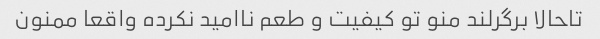
تاحالا برگرلند منو تو کیفیت و طعم ناامید نکرده واقعا ممنون